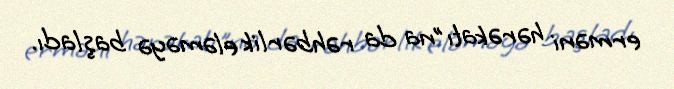
erməni hərəkatı"na da rəhbərlik eləməyə başladı.